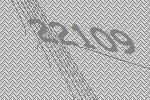
22109